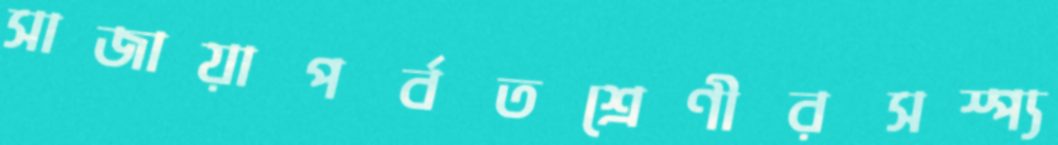
সাজায়াপর্বতশ্রেণীরসস্প্য